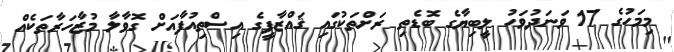
މިމަހުގެ 17 ވަނަދުވަހު ލީބިޔާގެ ބޮޑެތި ރަށްތަކުގައި ޤައްޒާފީގެ އިސްތިއުފާއަށް ގޮވާލާ މުޒާހަރާތަކެއް